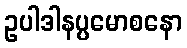
ဥပါဒါနပ္ပမောစနော